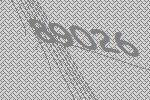
89026